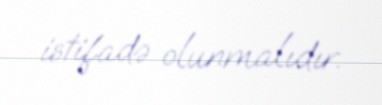
istifadə olunmalıdır.